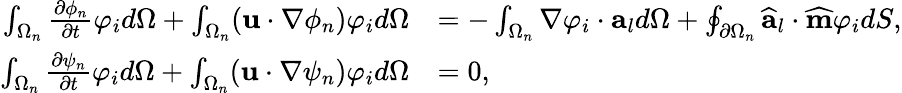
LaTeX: \begin{array}{rl}{\int_{\Omega_{n}}\frac{\partial\phi_{n}}{\partial t}\varphi_{i}d\Omega+\int_{\Omega_{n}}(\textbf{u}\cdot\nabla\phi_{n})\varphi_{i}d\Omega}&{=-\int_{\Omega_{n}}\nabla\varphi_{i}\cdot\textbf{a}_{l}d\Omega+\oint_{\partial\Omega_{n}}\widehat{\textbf{a}}_{l}\cdot\widehat{\textbf{m}}\varphi_{i}dS,}\\ {\int_{\Omega_{n}}\frac{\partial\psi_{n}}{\partial t}\varphi_{i}d\Omega+\int_{\Omega_{n}}(\textbf{u}\cdot\nabla\psi_{n})\varphi_{i}d\Omega}&{=0,}\end{array}